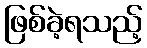
ဖြစ်ခဲ့ရသည့်